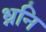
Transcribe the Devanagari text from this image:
ध्ननि